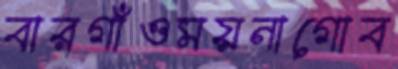
বারগাঁওময়নাগোব